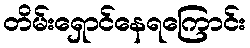
တိမ်းရှောင်နေရကြောင်း